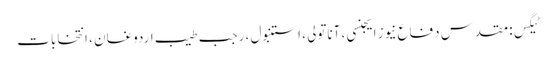
ٹیگس: مقدس دفاع نیوز ایجنسی ، آناتولی ، استنبول ، رجب طیب اردوغان ، انتخابات